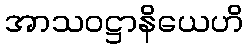
အာသဝဋ္ဌာနိယေဟိ